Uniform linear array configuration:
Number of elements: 64
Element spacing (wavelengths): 0.25
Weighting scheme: kaiser
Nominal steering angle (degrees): -60
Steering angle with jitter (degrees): -61.909
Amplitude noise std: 0.05
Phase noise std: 0.05

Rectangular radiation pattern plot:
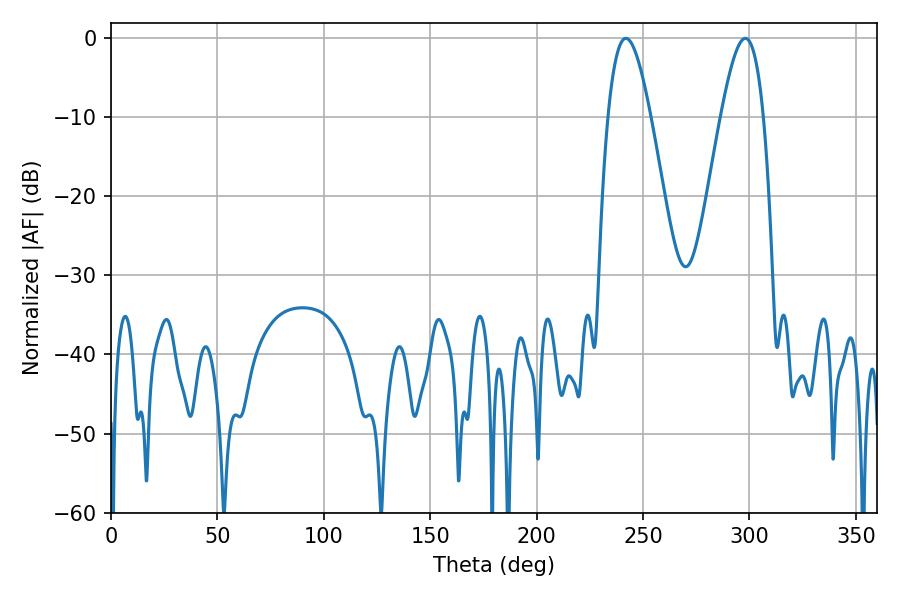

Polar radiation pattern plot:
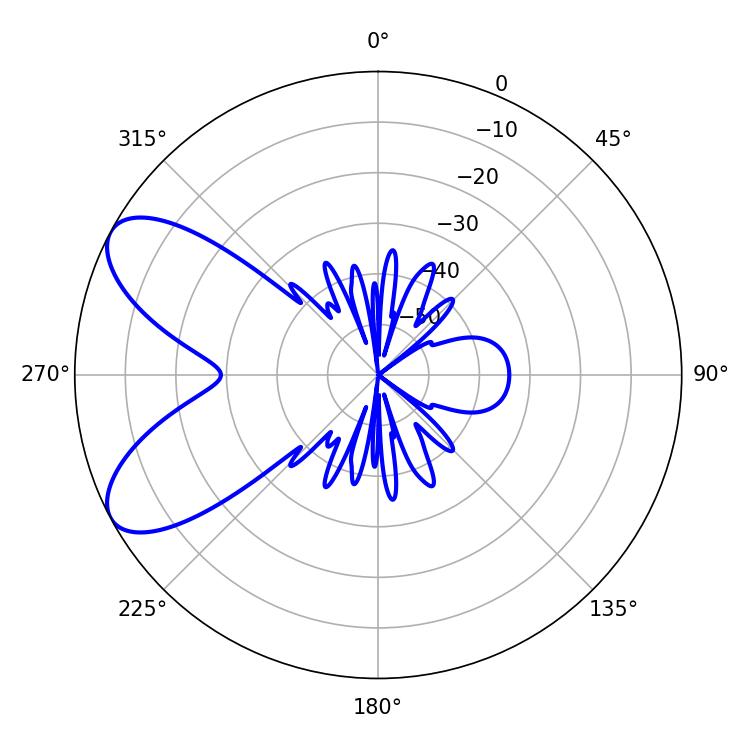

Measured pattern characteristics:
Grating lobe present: FALSE
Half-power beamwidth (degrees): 10.8
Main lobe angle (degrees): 241.92